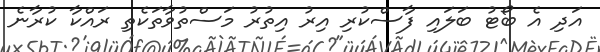
އަދި އެ ބޯޓު ބަލައި ފާސްކުރި އިރު އިތުރު މަސްތުވާތަކެތި ރައްކާ ކުރާނެ